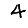
Digit: 4